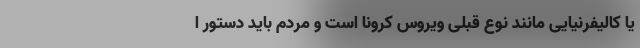
یا کالیفرنیایی مانند نوع قبلی ویروس کرونا است و مردم باید دستور ا